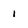
Character: 1